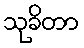
သုခိတာ